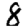
Digit: 8